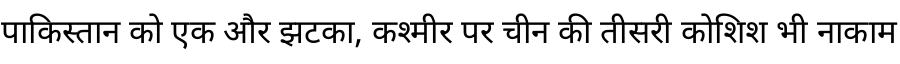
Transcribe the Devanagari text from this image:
पाकिस्तान को एक और झटका, कश्मीर पर चीन की तीसरी कोशिश भी नाकाम